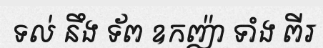
ទល់ នឹង ទ័ព ឧកញ៉ា ទាំង ពីរ